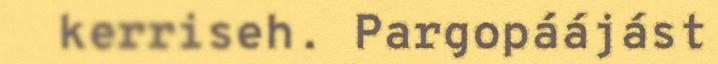
kerriseh. Pargopáájást